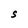
Character: S